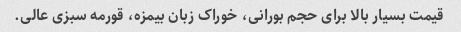
قیمت بسیار بالا برای حجم بورانی، خوراک زبان بیمزه، قورمه سبزی عالی.